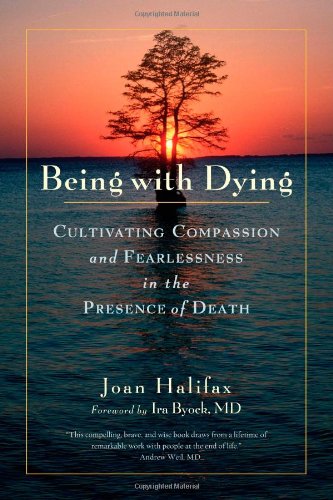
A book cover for Being with Dying: Cultivating Compassion and Fearlessness in the Presence of Death; Joan Halifax; Self-Help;